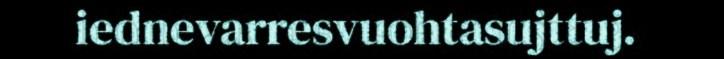
iednevarresvuohtasujttuj.